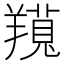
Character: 𦏊